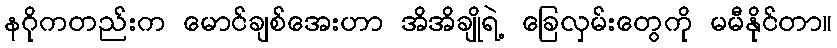
နဂိုကတည်းက မောင်ချစ်အေးဟာ အိအိချိုရဲ့ ခြေလှမ်းတွေကို မမီနိုင်တာ။